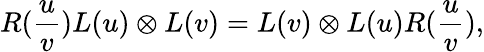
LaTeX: R(\frac{u}{v})L(u)\otimes L(v)=L(v)\otimes L(u)R(\frac{u}{v}),